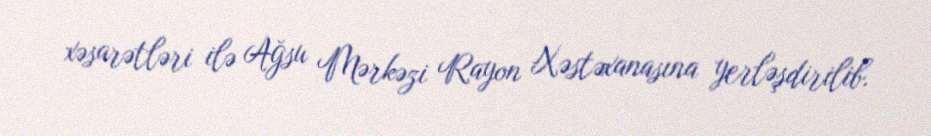
xəsarətləri ilə Ağsu Mərkəzi Rayon Xəstəxanasına yerləşdirilib.